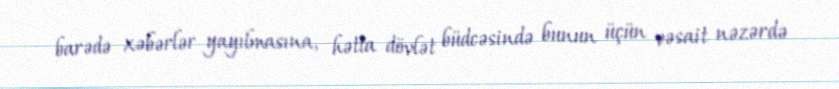
barədə xəbərlər yayılmasına, hətta dövlət büdcəsində bunun üçün vəsait nəzərdə